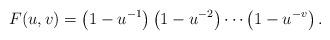
LaTeX: \begin{align*}F(u,v)=\left(1-u^{-1}\right)\left(1-u^{-2}\right)\cdots \left(1-u^{-v}\right).\end{align*}